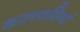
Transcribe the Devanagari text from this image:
कालावधियां